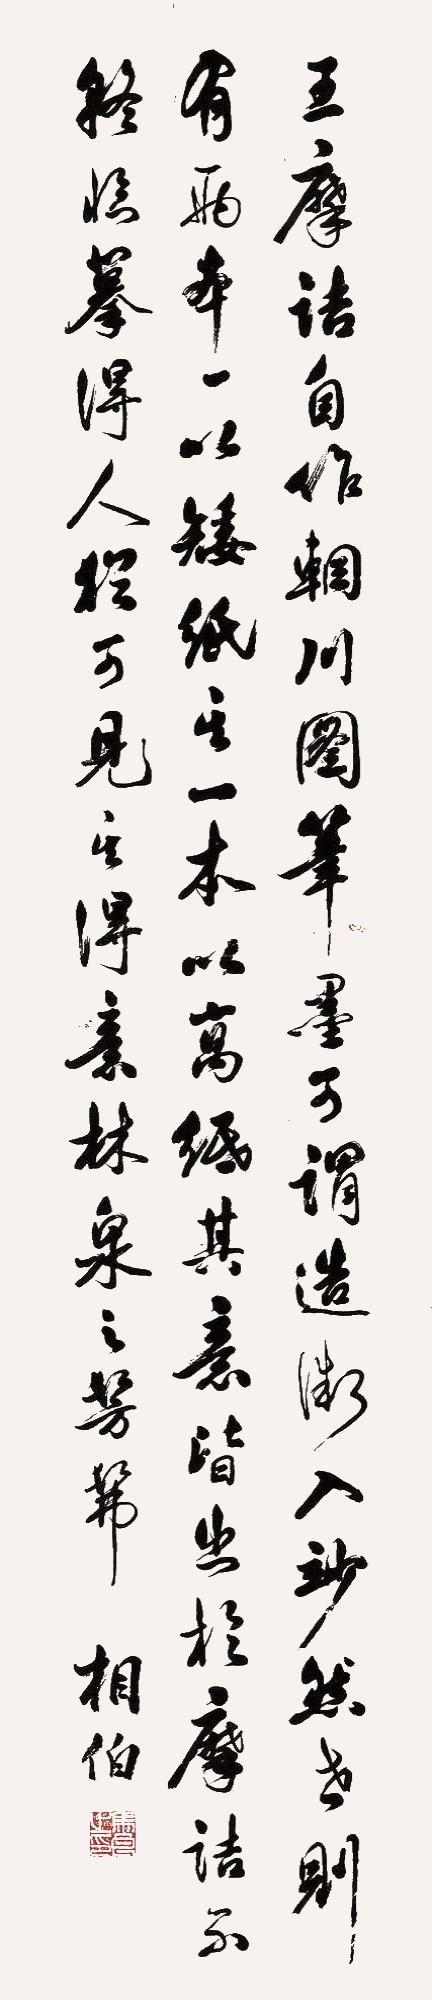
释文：王摩诘自作《辋川图》，笔墨可谓造微入妙。然世则有两本，一以矮纸，一其本以高纸，其意皆出摩诘不疑。临摹得人，犹可见其得意林泉之仿佛。相伯。